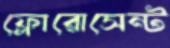
ফ্লোরোসেন্ট